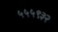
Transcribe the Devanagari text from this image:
५५५९३२